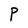
Character: P